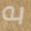
به